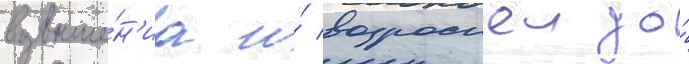
возвыше́н'иа и́ возросшеи до́